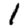
Digit: 1